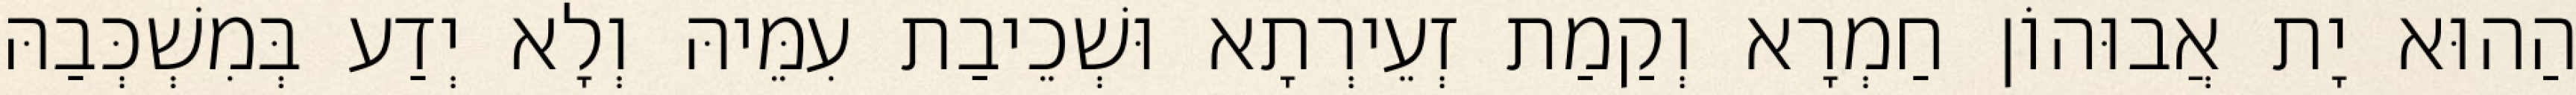
הַהוּא יָת אֲבוּהוֹן חַמְרָא וְקַמַת זְעֵירְתָא וּשְׁכֵיבַת עִמֵּיהּ וְלָא יְדַע בְּמִשְׁכְּבַהּ